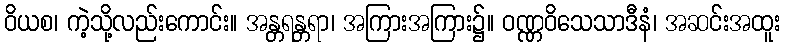
ဝိယစ၊ ကဲ့သို့လည်းကောင်း။ အန္တရန္တရာ၊ အကြားအကြား၌။ ဝဏ္ဏဝိသေသာဒီနံ၊ အဆင်းအထူး